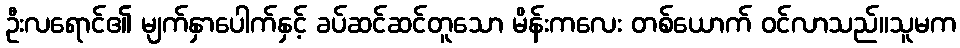
ဦးလရောင်၏ မျက်နှာပေါက်နှင့် ခပ်ဆင်ဆင်တူသော မိန်းကလေး တစ်ယောက် ဝင်လာသည်။သူမက